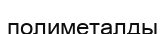
полиметалды